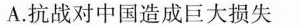
A.抗战对中国造成巨大损失